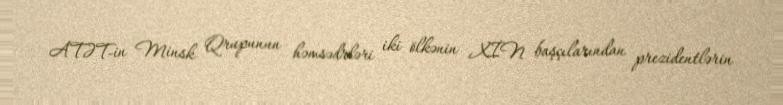
ATƏT-in Minsk Qrupunun həmsədrləri iki ölkənin XİN başçılarından prezidentlərin